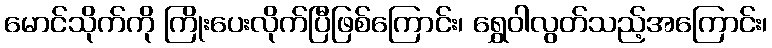
မောင်သိုက်ကို ကြိုးပေးလိုက်ပြီဖြစ်ကြောင်း၊ ရွှေဝါလွတ်သည့်အကြောင်း၊